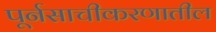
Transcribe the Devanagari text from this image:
पूर्नसाचीकरणातील